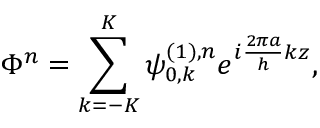
\displaystyle \Phi ^ { n } = \sum _ { k = - K } ^ { K } \psi _ { 0 , k } ^ { ( 1 ) , n } e ^ { i \frac { 2 \pi a } { h } k z } ,